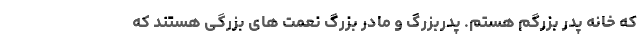
که خانه پدر بزرگم هستم. پدربزرگ و مادر بزرگ نعمت های بزرگی هستند که